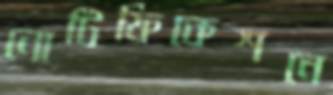
নোটিফিকেশনে